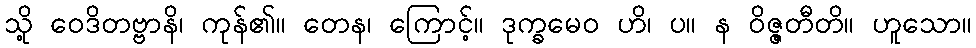
သို့ ဝေဒိတဗ္ဗာနိ၊ ကုန်၏။ တေန၊ ကြောင့်။ ဒုက္ခမေဝ ဟိ၊ ပ။ န ဝိဇ္ဇတီတိ။ ဟူသော။